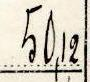
50,12